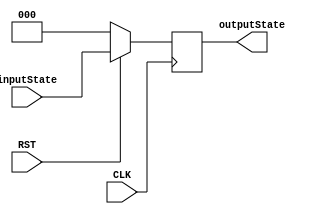
`timescale 1ns / 1ps
//////////////////////////////////////////////////////////////////////////////////
// Company: 
// Engineer: 
// 
// Design Name: 
// Module Name: DFlipFlop
// Project Name: 
// Target Devices: 
// Tool Versions: 
// Description: 
// 
// Dependencies: 
// 
// Revision:
// Revision 0.01 - File Created
// Additional Comments:
// 
//////////////////////////////////////////////////////////////////////////////////

//,
module DFlipFlop(
    input [2:0]inputState,
    input RST,
    input CLK,
    output reg [2:0]outputState
    );
    always @(posedge CLK) begin
        if (RST == 0) outputState <= 0;
        else outputState <= inputState;
    end
endmodule